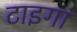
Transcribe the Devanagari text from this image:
टाइगा